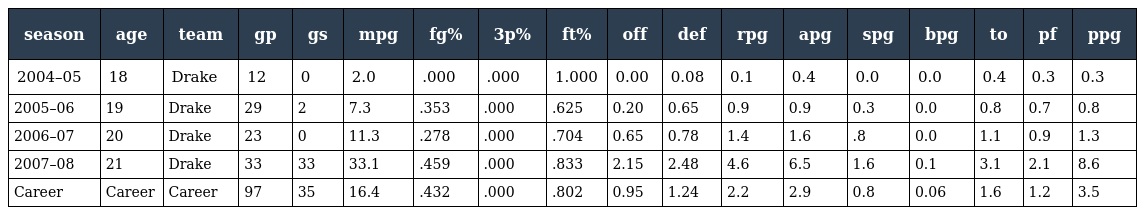
| season | age | team | gp | gs | mpg | fg% | 3p% | ft% | off | def | rpg | apg | spg | bpg | to | pf | ppg |
 | --- | --- | --- | --- | --- | --- | --- | --- | --- | --- | --- | --- | --- | --- | --- | --- | --- | --- |
 | 2004–05 | 18 | Drake | 12 | 0 | 2.0 | .000 | .000 | 1.000 | 0.00 | 0.08 | 0.1 | 0.4 | 0.0 | 0.0 | 0.4 | 0.3 | 0.3 |
 | 2005–06 | 19 | Drake | 29 | 2 | 7.3 | .353 | .000 | .625 | 0.20 | 0.65 | 0.9 | 0.9 | 0.3 | 0.0 | 0.8 | 0.7 | 0.8 |
 | 2006–07 | 20 | Drake | 23 | 0 | 11.3 | .278 | .000 | .704 | 0.65 | 0.78 | 1.4 | 1.6 | .8 | 0.0 | 1.1 | 0.9 | 1.3 |
 | 2007–08 | 21 | Drake | 33 | 33 | 33.1 | .459 | .000 | .833 | 2.15 | 2.48 | 4.6 | 6.5 | 1.6 | 0.1 | 3.1 | 2.1 | 8.6 |
 | Career | Career | Career | 97 | 35 | 16.4 | .432 | .000 | .802 | 0.95 | 1.24 | 2.2 | 2.9 | 0.8 | 0.06 | 1.6 | 1.2 | 3.5 |